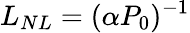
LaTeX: L_{NL}=(\alpha P_{0})^{-1}